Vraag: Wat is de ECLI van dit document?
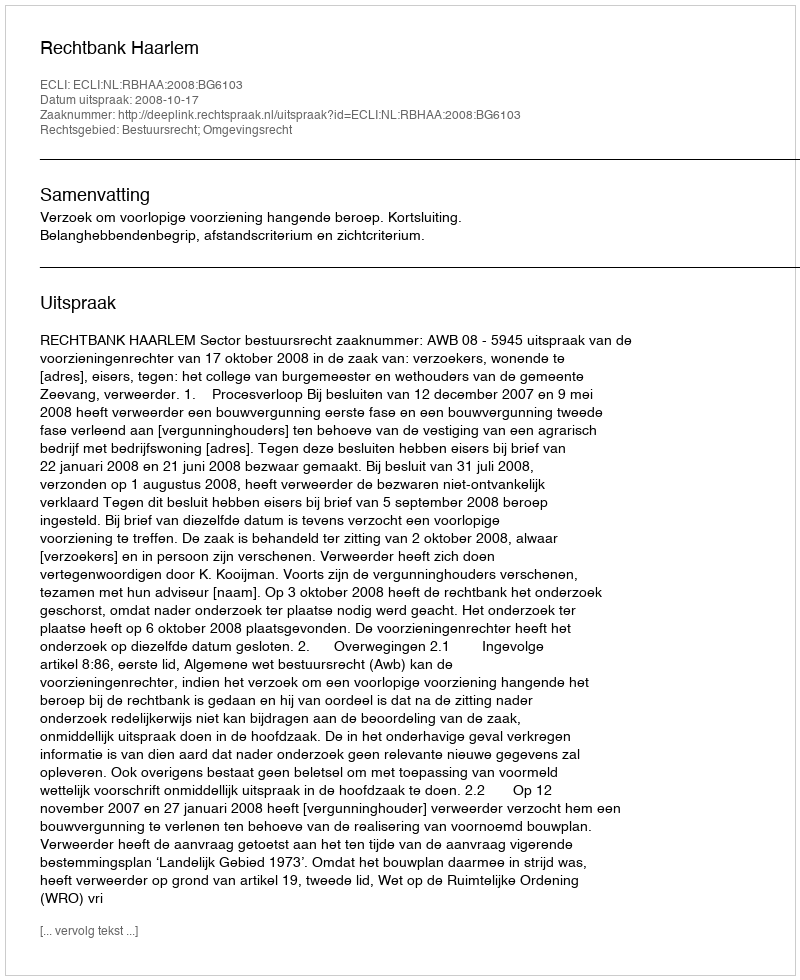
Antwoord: ECLI:NL:RBHAA:2008:BG6103